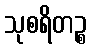
သုစရိတဉ္စ